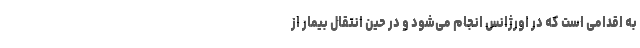
به اقدامی است که در اورژانس انجام می‌شود و در حین انتقال بیمار از